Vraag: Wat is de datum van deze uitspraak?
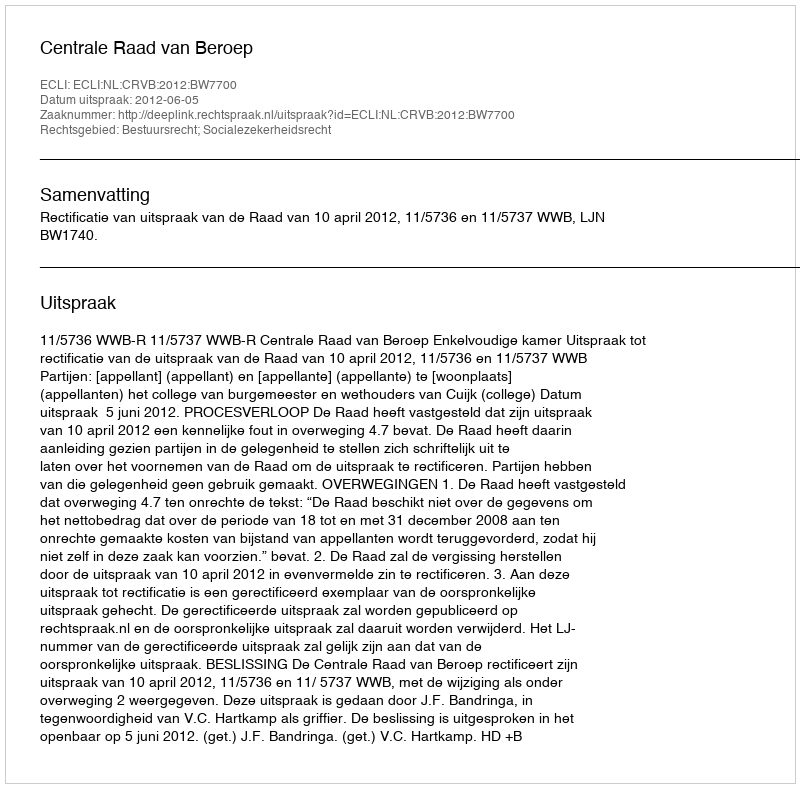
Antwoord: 2012-06-05